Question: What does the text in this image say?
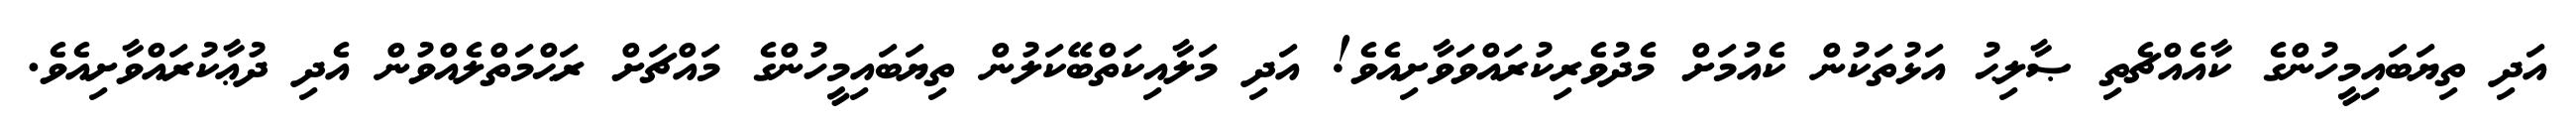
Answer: އަދި ތިޔަބައިމީހުންގެ ކާއެއްޗެތި ޞާލިޙު އަޅުތަކުން ކެއުމަށް މެދުވެރިކުރައްވަވާށިއެވެ! އަދި މަލާއިކަތްބޭކަލުން ތިޔަބައިމީހުންގެ މައްޗަށް ރަޙްމަތްލެއްވުން އެދި ދުޢާކުރައްވާށިއެވެ.